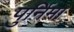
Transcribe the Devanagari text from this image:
पुर्निमा